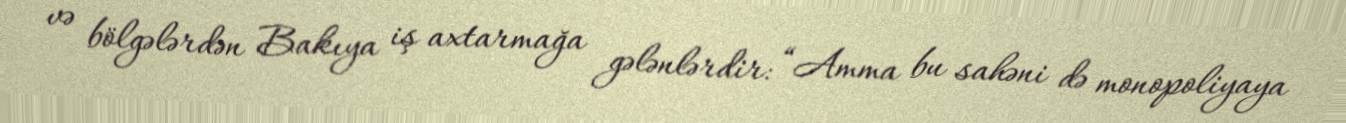
və bölgələrdən Bakıya iş axtarmağa gələnlərdir: “Amma bu sahəni də monopoliyaya